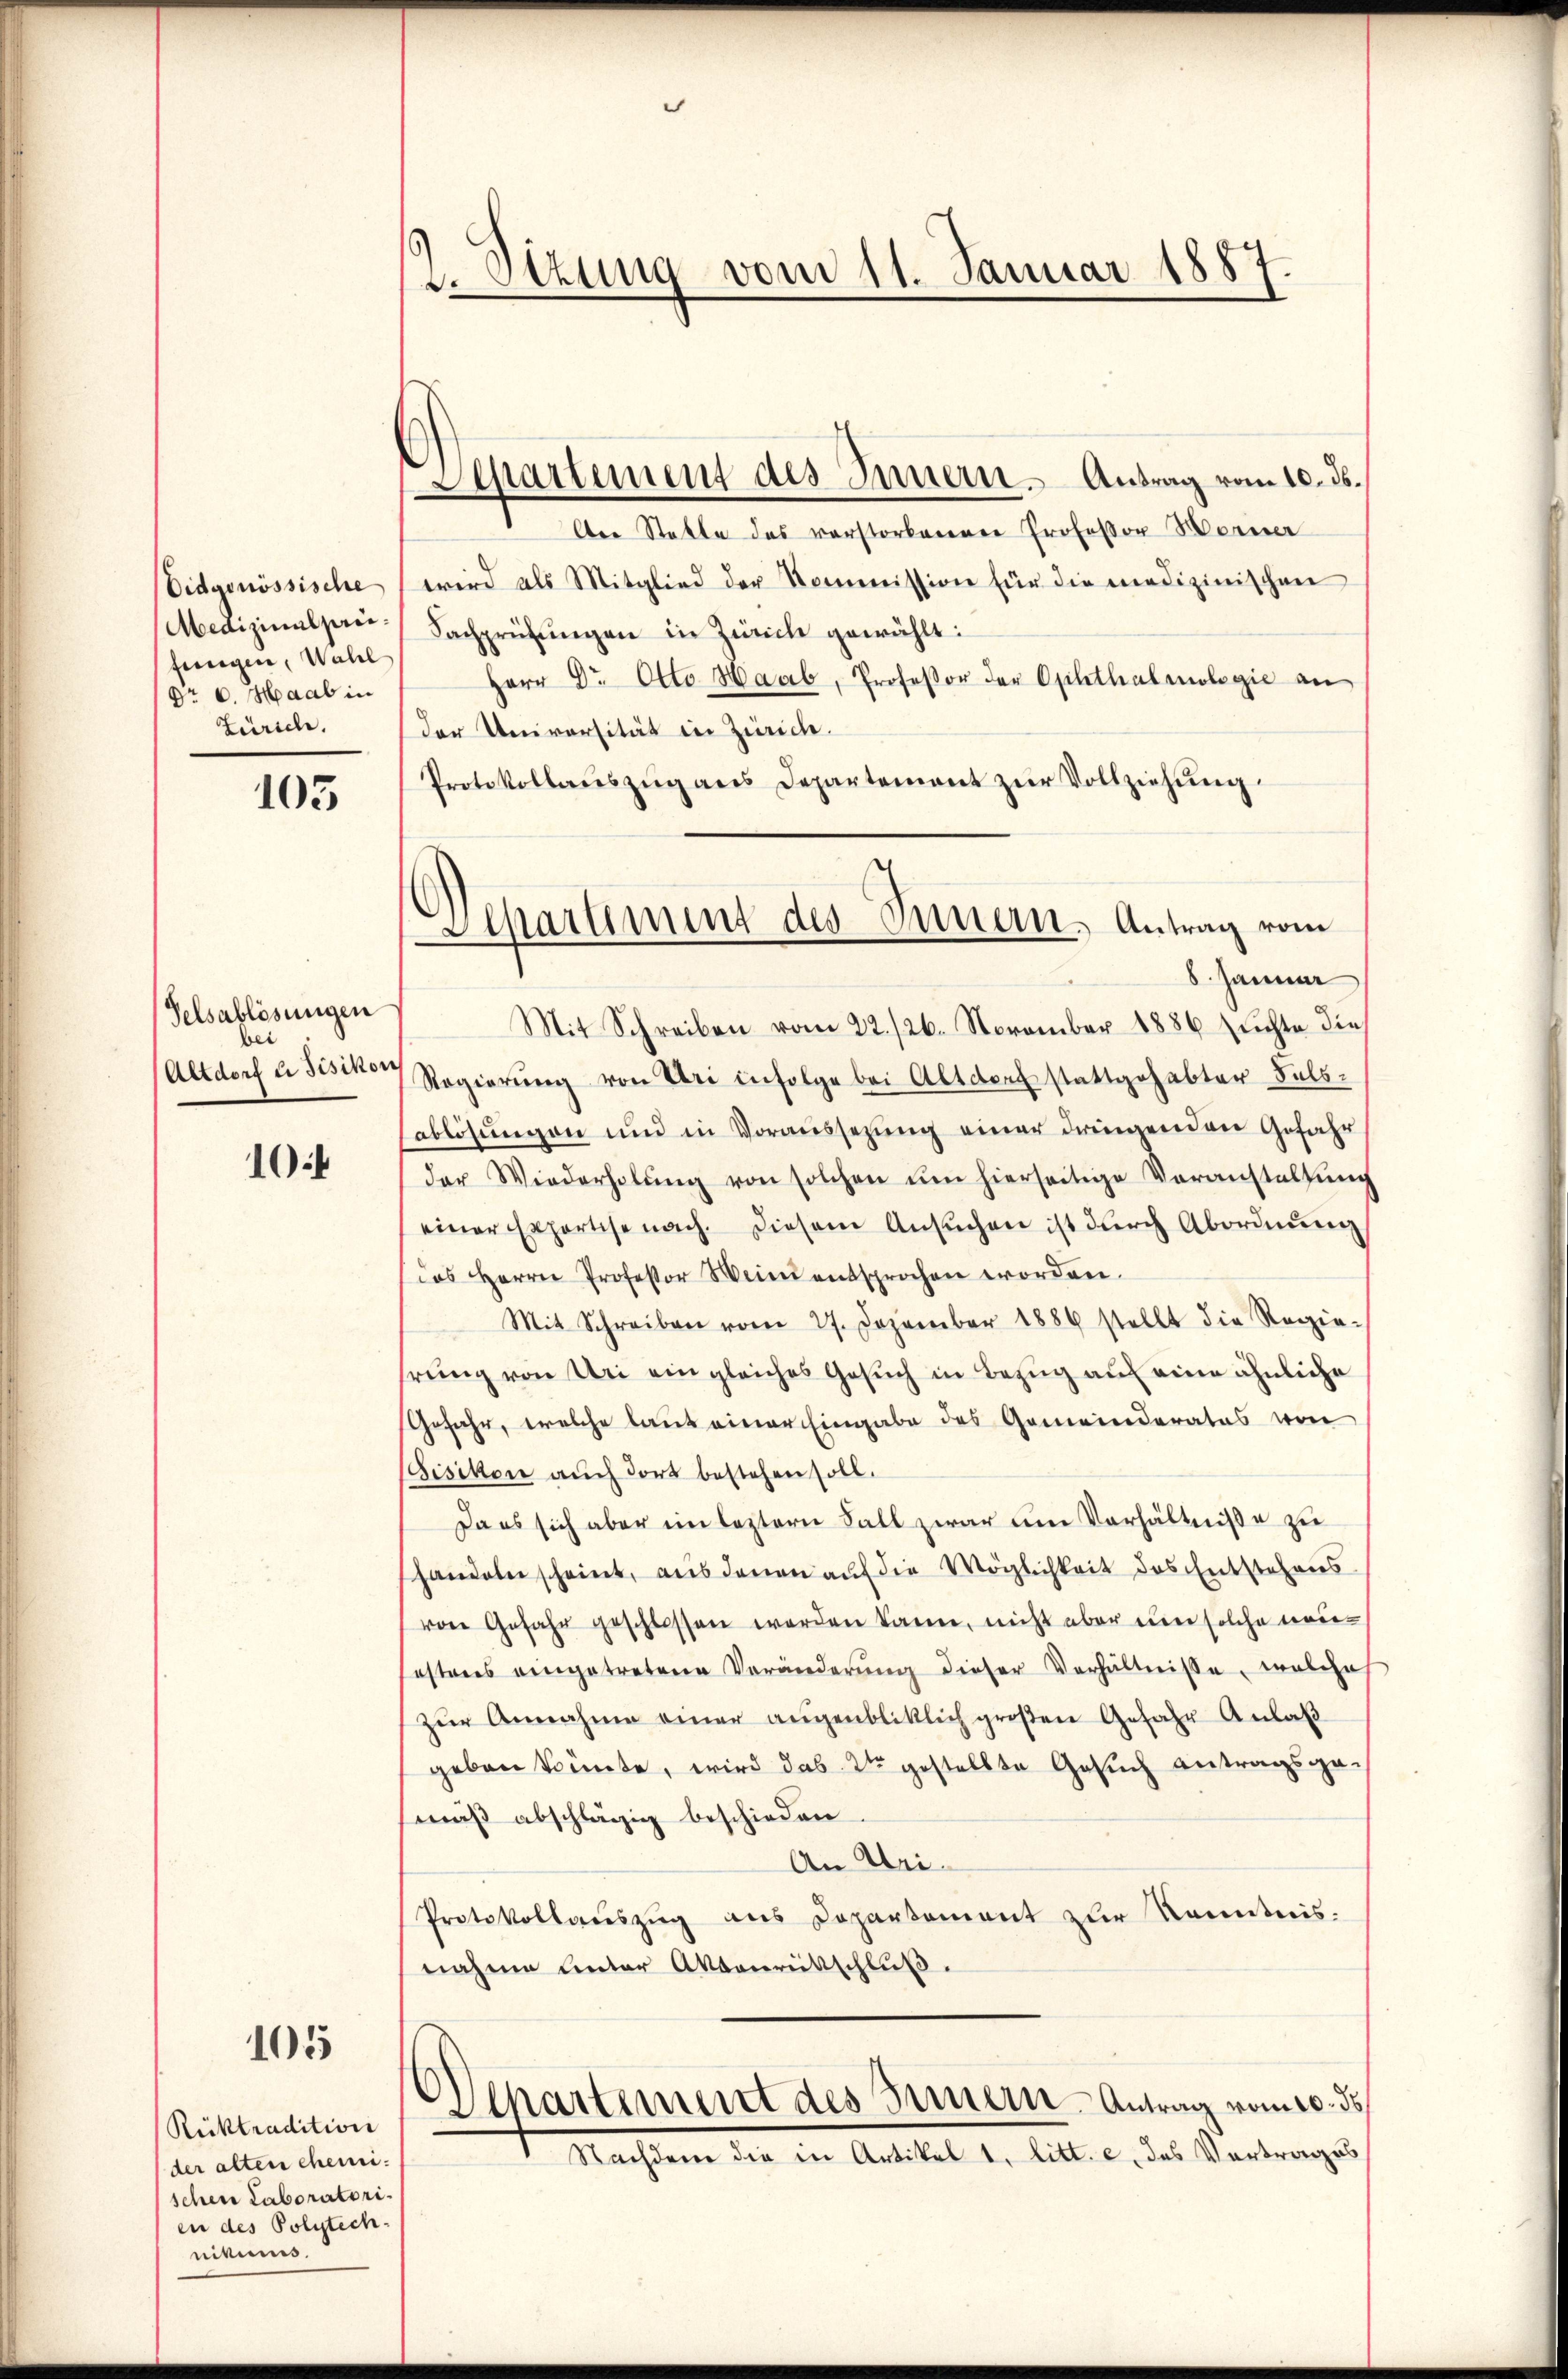
Eidgenössische
Medizinalpreifengen, Wall
Nr 6. Haab in
Zürich.

103

Selsablösungen
s
Altdorf u. Bisikon

10.4

105

Rüktradition
der alten ehemischen Laboratori
en des Polytech-
nikums.

2. Sitzung vom 11. Januar 1887.

Departement des Innern. Antrag vom 10. ds.

Aer Statte des verstorberenen Professor Horner
wird als Mitglied der Kommission für die medizinischen
Sachprüfungen in Zürich gewählt:
Herr Dr. Otto Haab, Professor der Optthalmologie an
der Universität in Zürich.
Protokollaŭszŭg ans Departement zŭr Vollziehŭng
Mit Schreiben vom 22./26. November 1886 zuchte dies
Regierŭng von Uri infolge bei Altdorf stattgehabter Falbablösungen und in Voraussezung einer dringenden Gefahr
der Wiederholŭng von solchen ŭm hierseitige Veranstallŭng
einer Exportise nach. Diesem Ansŭchen ist dŭrch Abordnŭng
(das Herrn Professor Wein entsprochen worden.
Mit Schreiben vom 27. Dezember 1886 stellt die Regie-
hrung von Uri ein gleiches Gesuch in Bezug auf eine ähnliche
Gefahr, welche laut einer Eingabe des Gemeinderates von
Bisikon auch dort bestehen soll.
Da es sich aber im leztern Fall zwar um Verhältniße zu
handeln scheint, aus denen auf die Möglichkeit des Entstehens
von Gefahr geschlossen werden kann, nicht aber eine solche nou-
esteres eingetretene Veränderŭng dieser Verhältnisse, welches
zŭr Annahme einer aŭgenbliklich großen Gefahr Anlaβ
geben konnte, wird das 2ten gestellte Gesuch antragsgemäβ abschlägig beschieden.
An Uri¬
Protokollauszug aus Departement zur Kenntnis.
nahme unter Aktenrütschluß.
Departement des Innern - Antrag vom 16. ds
1. Machten, die in Antitel 2. Jul. c. das Vertrenges

.
Separtiment des Innern, Antrag vom
8. Jänner